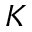
K